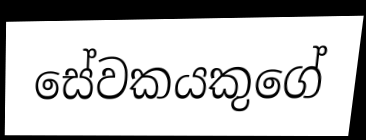
සේවකයකුගේ